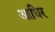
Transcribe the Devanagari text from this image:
आधिर